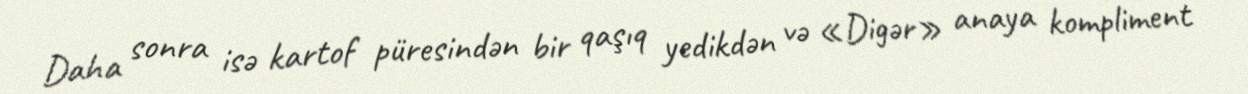
Daha sonra isə kartof püresindən bir qaşıq yedikdən və «Digər» anaya kompliment